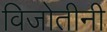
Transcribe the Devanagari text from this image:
विजोतीनी